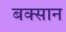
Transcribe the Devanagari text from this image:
बक्सान